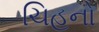
ચિહનો